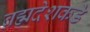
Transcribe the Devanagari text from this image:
ब्रह्मदेशकडे